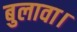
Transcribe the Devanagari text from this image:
बुलावा।